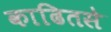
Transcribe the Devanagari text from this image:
काढितसे